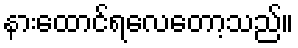
နားထောင်ရလေတော့သည်။